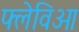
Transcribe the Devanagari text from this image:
फ्लेविओ